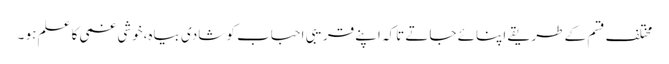
مختلف قسم کے طریقے اپنائے جاتے تاکہ اپنے قریبی احباب کو شادی بیاہ،خوشی غمی کا علم ہو ۔